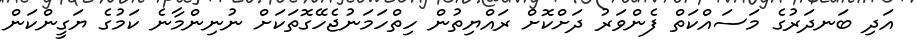
އަދި ބަނދަރުގެ މަސައްކަތް ފެންވަރު ދަށްކޮށް ރައްޔިތުން ހިތްހަމަނުޖެހޭގޮތަކަށް ނުނިންމާނެ ކަމުގެ ޔަގީންކަން